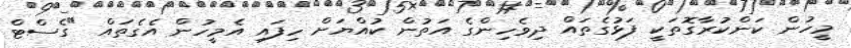
މީހުން ކަންކުރާގޮތަކީ ފަޅުގެތައް ދިވެހިންގެ އަތުން ކުއްޔަށް ހިފައި އެމީހުން އެގެތައް "ގެސްޓް